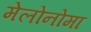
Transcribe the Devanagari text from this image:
मेलोनोमा